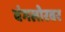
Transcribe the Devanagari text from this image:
बंगलोरवर